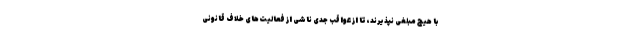
با هیچ مبلغی نپذیرند، تا از عواقب جدی ناشی از فعالیت‌های خلاف قانونی